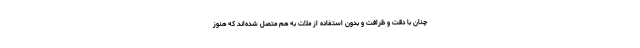
چنان با دقت و ظرافت و بدون استفاده از ملات به هم متصل شده‌اند که هنوز